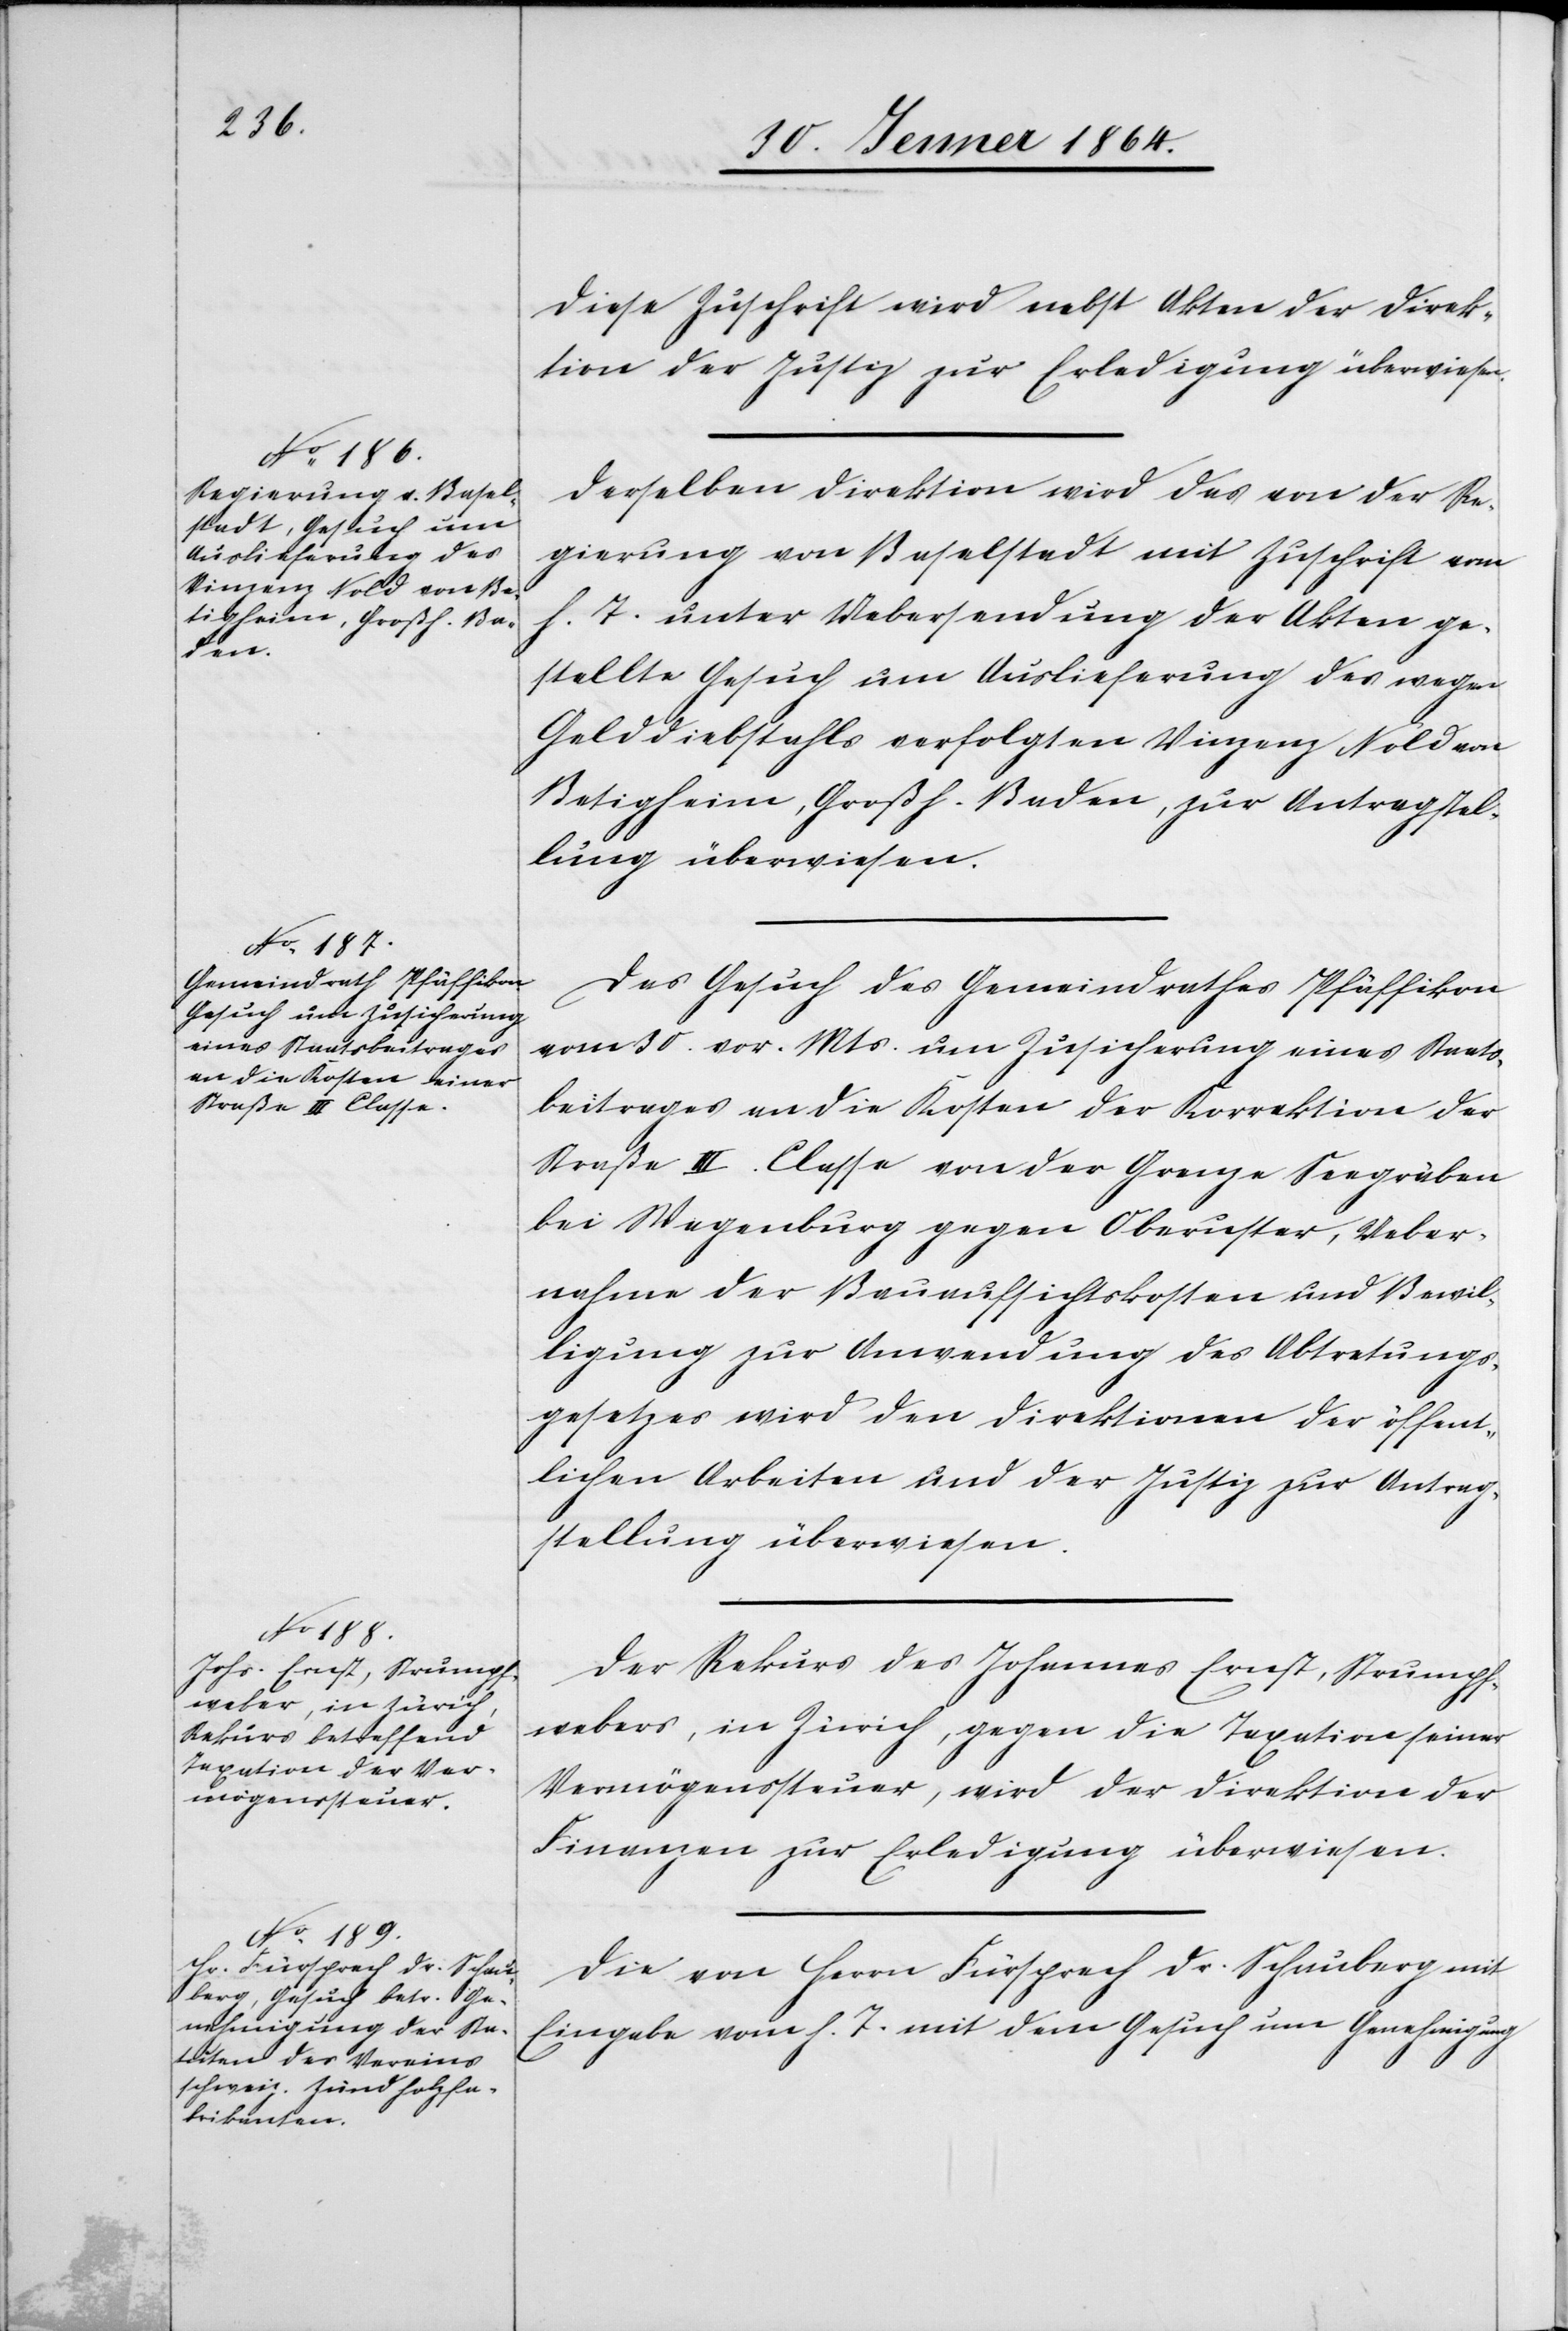
Diese Zuschrift wird nebst Akten der Direk¬
tion der Justiz zu Erledigung überwiesen.
Derselben Direktion wird das von der Re¬
gierung von Baselstadt mit Zuschrift vom
h. T. unter Uebersendung der Akten ge¬
stellte Gesuch um Auslieferung des wegen
Gelddiebstahls verfolgten Vinzenz Nold von
Betigheim, Großh. Baden, zur Antragstel¬
lung überwiesen.
Das Gesuch des Gemeindrathes Pfäffikon
vom 30. vor. Mts. um Zusicherung eines Staats¬
beitrages an die Kosten der Korrektion der
Straße III. Classe von der Grenze Seegräben
bei Wagenburg gegen Oberuster, Ueber¬
nahme der Bauaufsichtskosten und Bewil¬
ligung zur Anwendung des Abtretungs¬
gesetzes wird den Direktionen der öffent¬
lichen Arbeiten und der Justiz zur Antrag¬
stellung überwiesen.
Der Rekurs des Johannes Ernst, Strumpf¬
webers, in Zürich, gegen die Taxation seiner
Vermögenssteuer, wird der Direktion der
Finanzen zur Erledigung überwiesen.
Die von Herrn Fürsprech Dr. Schauberg mit
Eingabe vom h. T. mit dem Gesuch um Genehmigung